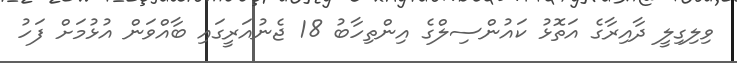
ވިލިގިލީ ދާއިރާގެ އަތޮޅު ކައުންސިލްގެ އިންތިހާބު 18 ޖެނުއަރީގައި ބާއްވަން އުޅުމަށް ފަހު